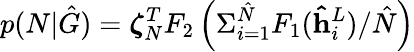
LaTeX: p(N|\hat{G})=\boldsymbol{\zeta}_{N}^{T}F_{2}\left(\Sigma_{i=1}^{\hat{N}}F_{1}(\mathbf{\hat{h}}_{i}^{L})/\hat{N}\right)